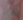
هو